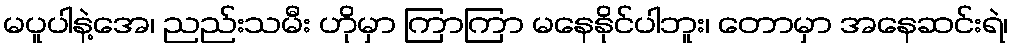
မပူပါနဲ့အေ၊ ညည်းသမီး ဟိုမှာ ကြာကြာ မနေနိုင်ပါဘူး၊ တောမှာ အနေဆင်းရဲ၊